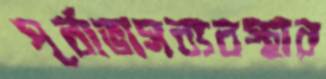
পূর্বাভাসব্যবস্থার